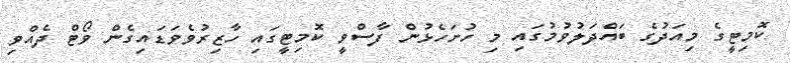
ކޮމިޓީގެ މިއަދުގެ ބައްދަލުވުމުގައި މި ހުށަހެޅުން ފާސްވީ ކޮމިޓީގައި ހާޒިރުވެވަޑައިގެން ވޯޓް ދެއްވި